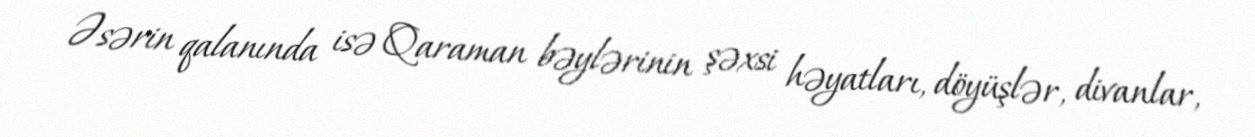
Əsərin qalanında isə Qaraman bəylərinin şəxsi həyatları, döyüşlər, divanlar,